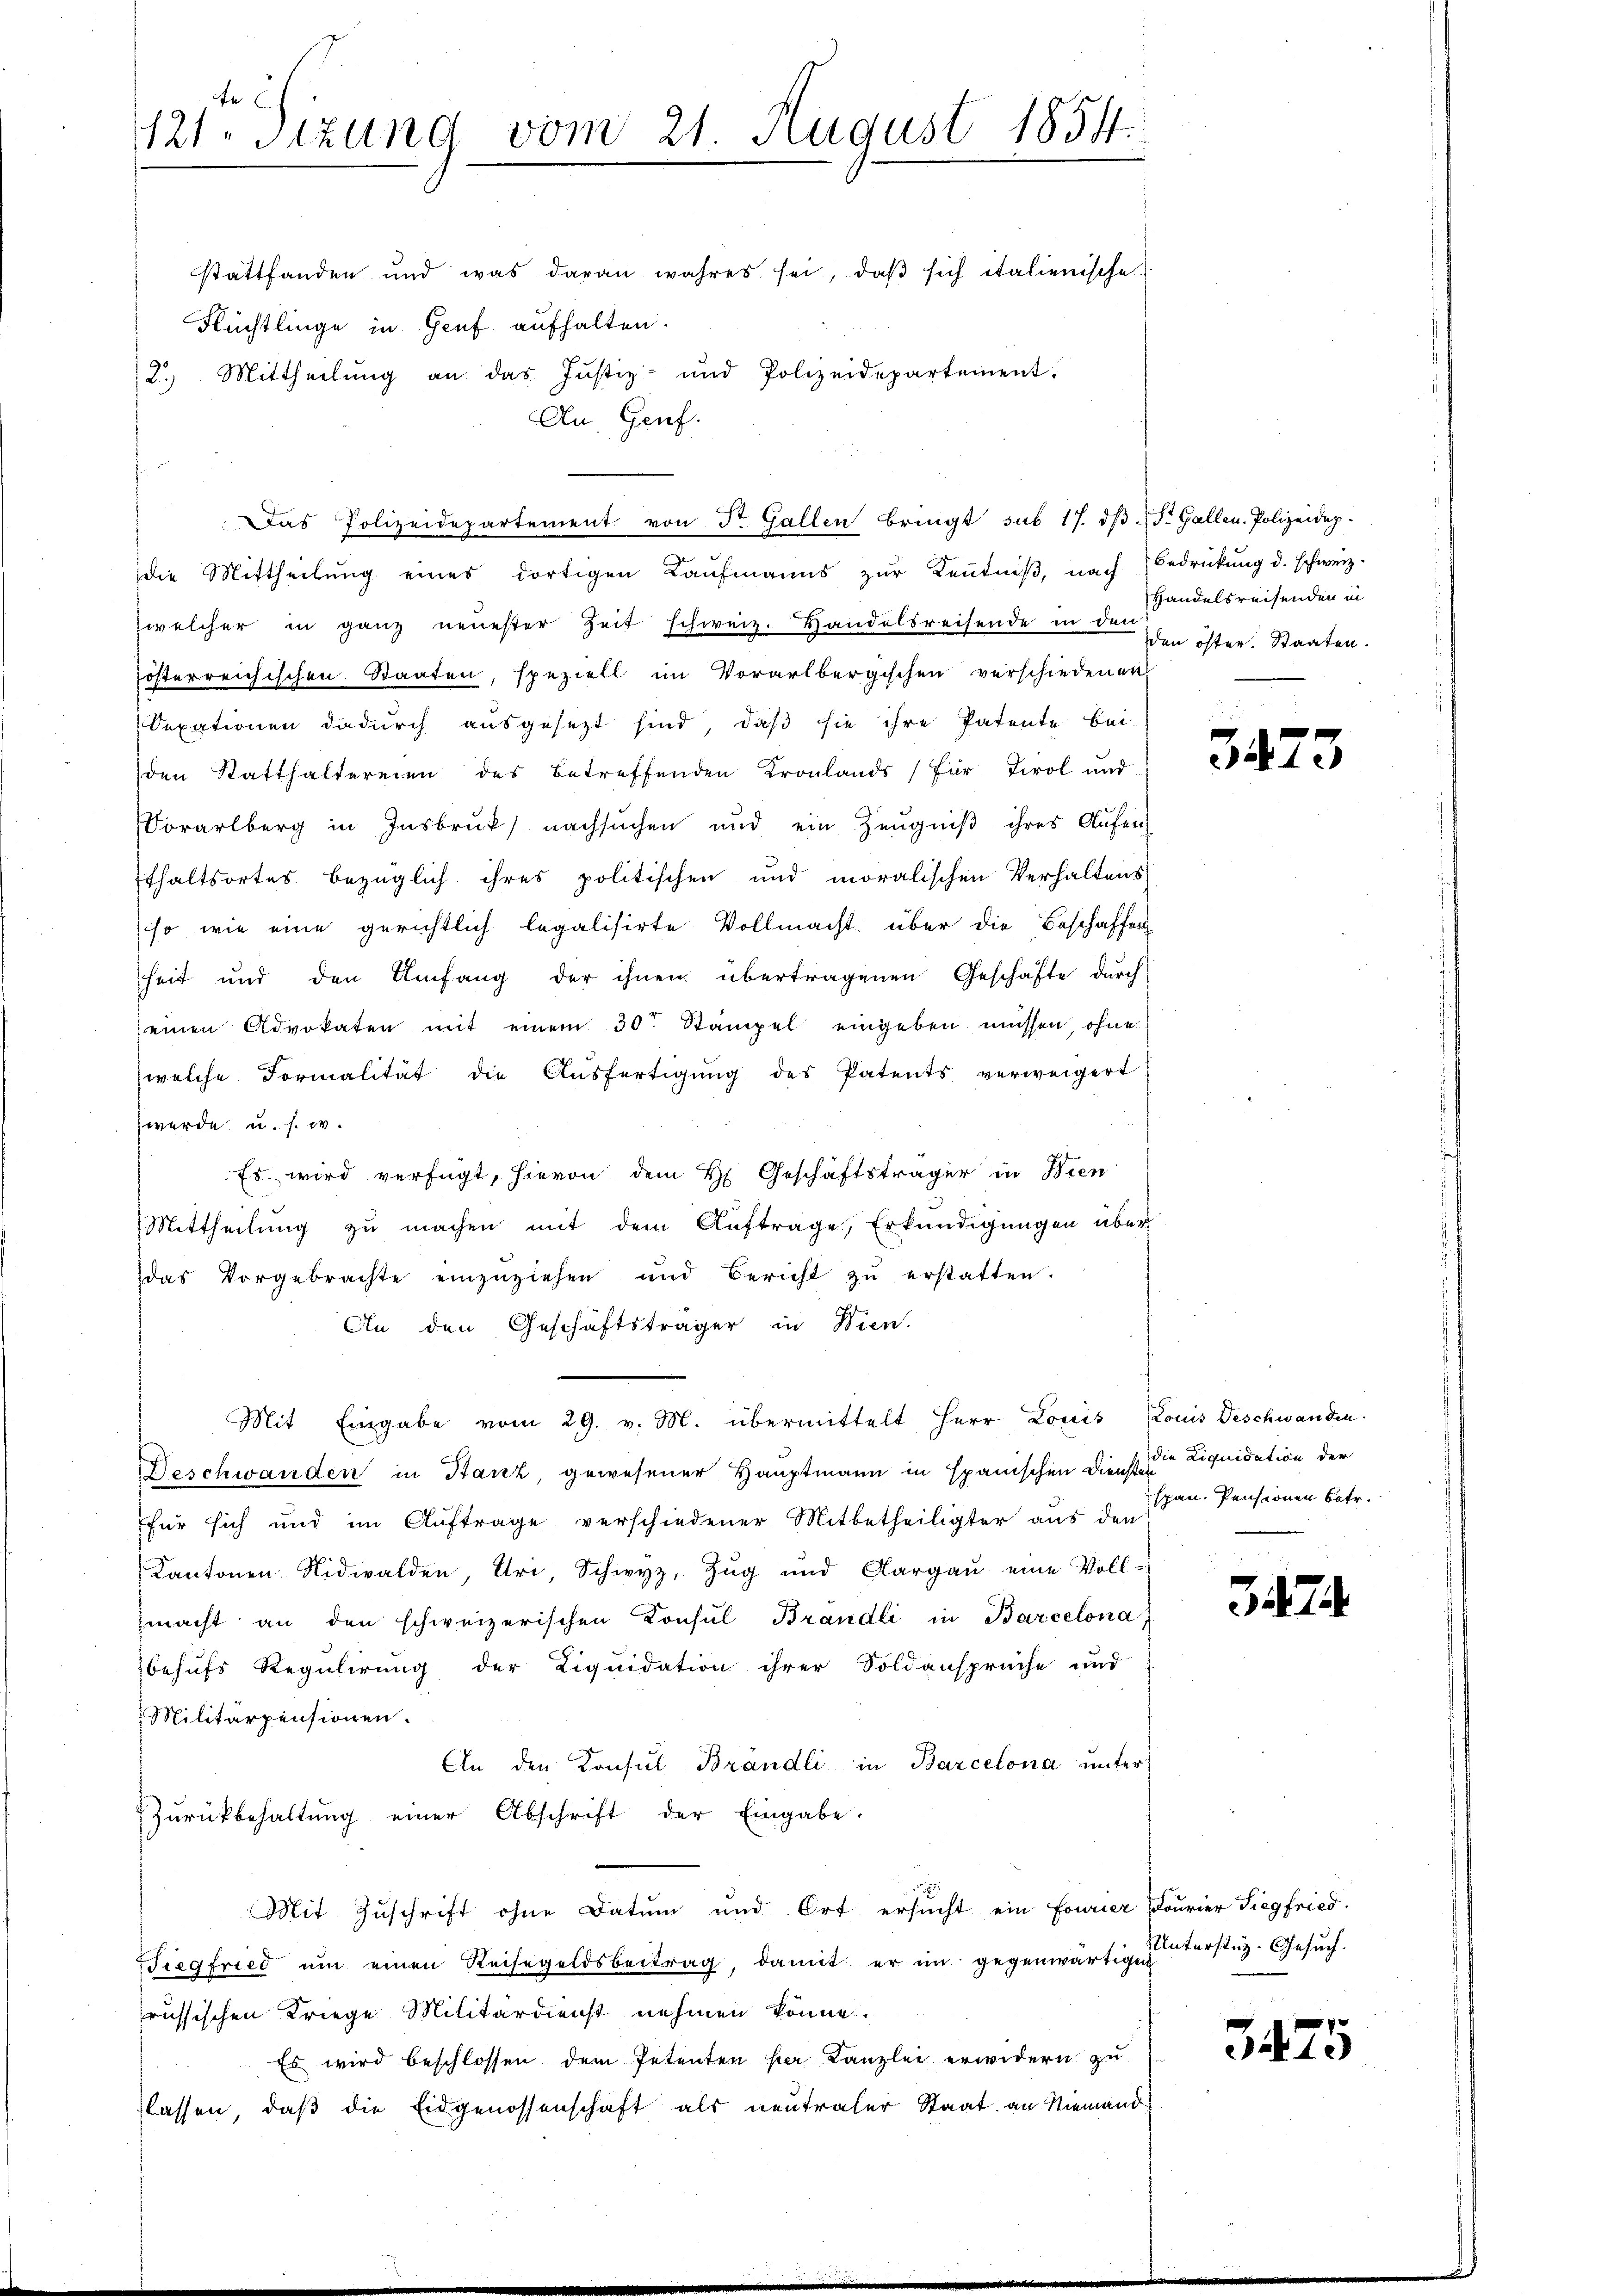
2.) Mittheilung an das Justiz- und Polizeidepartement.
An, Genf.
die Mittheilŭng eines dortigen Kaŭfmanns zŭr Kenntniβ, nach Bedrückung d. schweiz.
welcher in ganz neuester Zeit schweiz. Handelsreisende in der den öster. Staaten.
österreichischen Staaten, speziell im Vorarlbergischen verschiedenen
Dexationen dadurch ausgesezt sind, daβ sie ihre Patente bei-
den Statthaltereien des betreffenden Kronlands für Tirol und
Vorarlberg in Insbruk nachsŭchen und ein Zeŭgniβ ihres Aŭfen
Ethaltsortes bezüglich ihres politischen und moralischen Verhaltens
so wie eine gerichtlich legalisirte Vollmacht über die Beschaffen
heit und den Umfang der ihnen übertragenen Geschäfte durch
einen Advokaten mit einem 30. Stampel eingeben müssen, ohne
welche Formalität die Aŭsfertigŭng des Patents verweigert
werde u. s. w.
Es wird verfügt, hievon dem H. Geschäftsträger in Bien
Mittheilung zu machen mit dem Auftrage, Erkundigungen über
das Vorgebrachte einzŭziehen und Bericht zŭ erstatten.
An den Geschäftsträger in Wien.
Mit Eingabe vom 29. v. M. übermittelt Herr Louis Konis Deschwanden.
Beschwanden in Stanz gewesener Hauptmann in spanischen Diensteder Liquidation der
für sich und im Auftrage verschiedener Mitbetheiligter aus den
Kantonen Nidwalden, Uri, Schwyz, Zug und Aargaŭ eine Voll-
zmacht an den schweizerischen Konsul Brandli in Barcelona;
behufs Regulirung der Liquidation ihrer Soldansprüche und
Militärpensionen.
An den Konsul Brändli in Barcelona unter
Zŭrückbehaltŭng einer Abschrift der Eingabe.
Mit Zuschrift ohne Datum und Ort ersucht ein Fourier Courier Siegfried.
Siegfried ŭm einen Reisegeldsbeitrag, damit er im gegenwärtig erstag. Gesŭch.
russischen Kriege Militärdienst nehmen könne.
Es wird beschlossen dem Petenten per Kanzlei erwidern zu
lassen, daß die Eidgenossenschaft als neutraler Staat an Niemand

12ten Sizung vom 21. August 1854.
stattfanden und was daran wahres sei, daβ sich italienische
Flüchtlinge in Genf aufhalten.

das Polizeidepartement von Dr. Gallen bringt sub 17. dβ. F. Gallen. Polizeidep

Handelsreisenden in

3473

span. Pensionen Betr.

3474.

3475